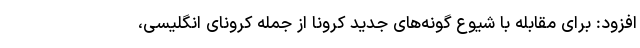
افزود: برای مقابله با شیوع گونه‌های جدید کرونا از جمله کرونای انگلیسی،